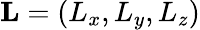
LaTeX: \mathbf{L}=\left(L_{x},L_{y},L_{z}\right)